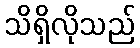
သိရှိလိုသည်